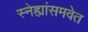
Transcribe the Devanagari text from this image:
स्नेह्यांसमवेत